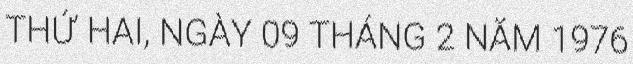
THỨ HAI, NGÀY 09 THÁNG 2 NĂM 1976